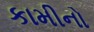
કામીનો